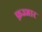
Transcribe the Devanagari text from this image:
फ़ज्जार